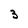
Character: 3